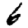
Digit: 6